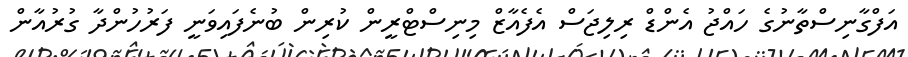
އަފްގާނިސްތާނުގެ ހައްޖު އެންޑް ރިލިޖަސް އެފެއާޒް މިނިސްޓްރީން ކުރިން ބުނެފައިވަނީ ފަރުހުންދާ ގުރުއާން